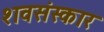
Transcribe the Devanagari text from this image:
शवसंस्कार